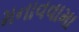
મનાવવામા